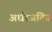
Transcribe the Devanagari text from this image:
अर्धरजतित